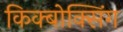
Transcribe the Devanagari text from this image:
किक्बोक्सिंग